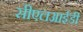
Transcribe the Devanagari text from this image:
सीएलआईडी